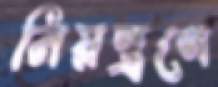
নিয়ন্ত্রণে